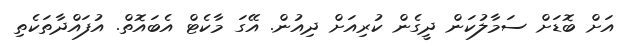
އަށް ބޮޑަށް ސަމާލުކަން ދީގެން ކުރިއަށް ދިއުން. އޭގަ މާކެޓް އެބަައޮތް. އުފައްދާތަކެތި